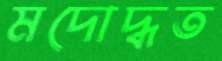
মদোদ্ধত